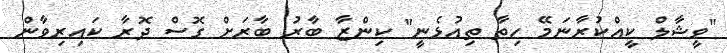
"ވީޝާލް ކީއްކުރާނަމޭ ހިތާ ތިއުޅެނީ" ކިންޒާ ބާރު ބާރަށް ގޮސް ދޮރާ ކައިރިވާން